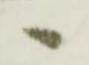
へ